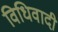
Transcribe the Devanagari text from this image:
विधिवादी